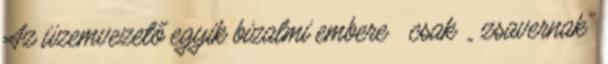
Az üzemvezető egyik bizalmi embere csak „ zsavernak"